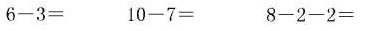
$$6 - 3 =$$ $$1 0 - 7 =$$ $$8 - 2 - 2 =$$